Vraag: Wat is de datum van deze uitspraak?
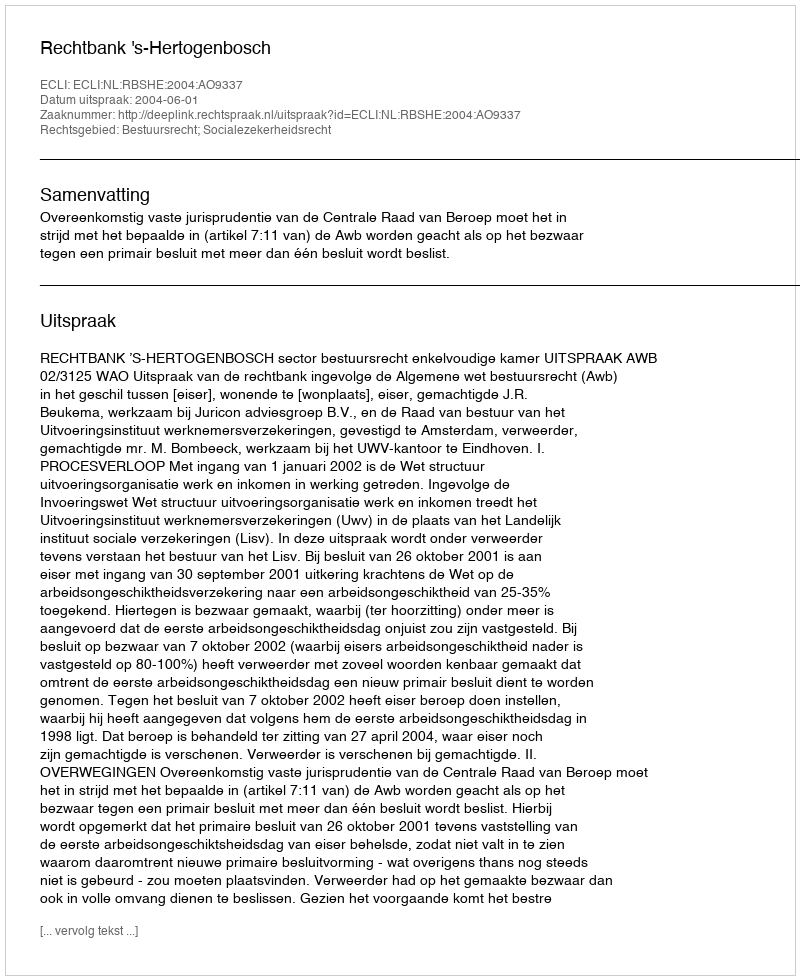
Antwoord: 2004-06-01